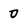
Character: 0